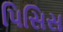
પિસિસ